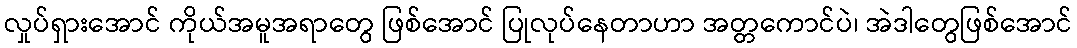
လှုပ်ရှားအောင် ကိုယ်အမူအရာတွေ ဖြစ်အောင် ပြုလုပ်နေတာဟာ အတ္တကောင်ပဲ၊ အဲဒါတွေဖြစ်အောင်